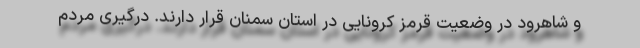
و شاهرود در وضعیت قرمز کرونایی در استان سمنان قرار دارند. درگیری مردم